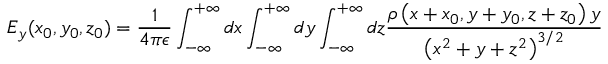
E _ { y } ( x _ { 0 } , y _ { 0 } , z _ { 0 } ) = \frac { 1 } { 4 \pi \epsilon } \int _ { - \infty } ^ { + \infty } d x \int _ { - \infty } ^ { + \infty } d y \int _ { - \infty } ^ { + \infty } d z \frac { \rho \left( x + x _ { 0 } , y + y _ { 0 } , z + z _ { 0 } \right) y } { \left( x ^ { 2 } + y + z ^ { 2 } \right) ^ { 3 / 2 } }